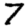
Digit: 7